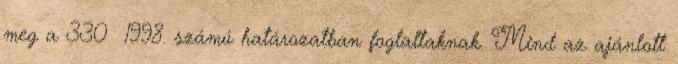
meg a 330 1998. számú határozatban foglaltaknak. Mind az ajánlott